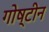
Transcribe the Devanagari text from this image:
गोष्टीन